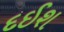
દઈશ